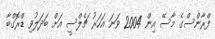
ފްރާންސްގެ މާސޭ އިން 2004 ވަނަ އަހަރު ޗެލްސީ އަށް ބަދަލުވި ޑްރޮގްބާ